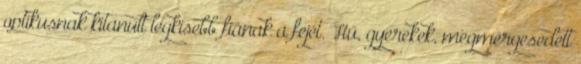
optikusnak kitanult legkisebb fiának a fejét. Hű, gyerekek, megmérgesedett